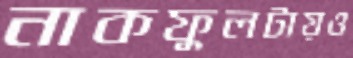
নাকফুলটায়ও